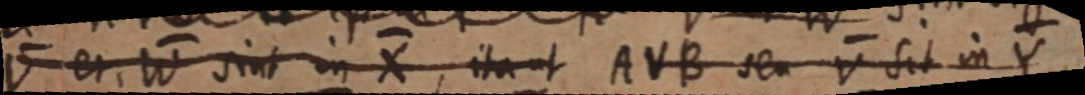
V et, W sint in X, ita ut AVB seu V sit in Y,